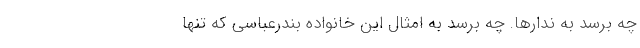
چه برسد به ندارها. چه برسد به امثال این خانواده بندرعباسی که تنها